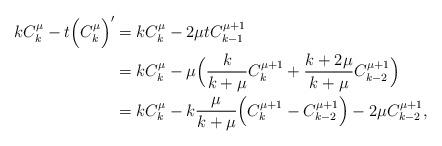
LaTeX: \begin{align*}kC_k^\mu-t\Big(C_k^\mu\Big)'&=kC_k^\mu-2\mu tC_{k-1}^{\mu+1}\\&=kC_k^\mu-\mu\Big(\frac{k}{k+\mu}C_k^{\mu+1}+\frac{k+2\mu}{k+\mu}C_{k-2}^{\mu+1}\Big)\\&=kC_k^\mu-k\frac{\mu}{k+\mu}\Big(C_k^{\mu+1}-C_{k-2}^{\mu+1}\Big)-2\mu C_{k-2}^{\mu+1},\end{align*}